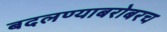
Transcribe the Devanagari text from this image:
बदलण्याबरोबरच